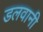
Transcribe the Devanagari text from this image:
डलवानी